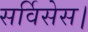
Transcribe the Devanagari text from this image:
सर्विसेस।